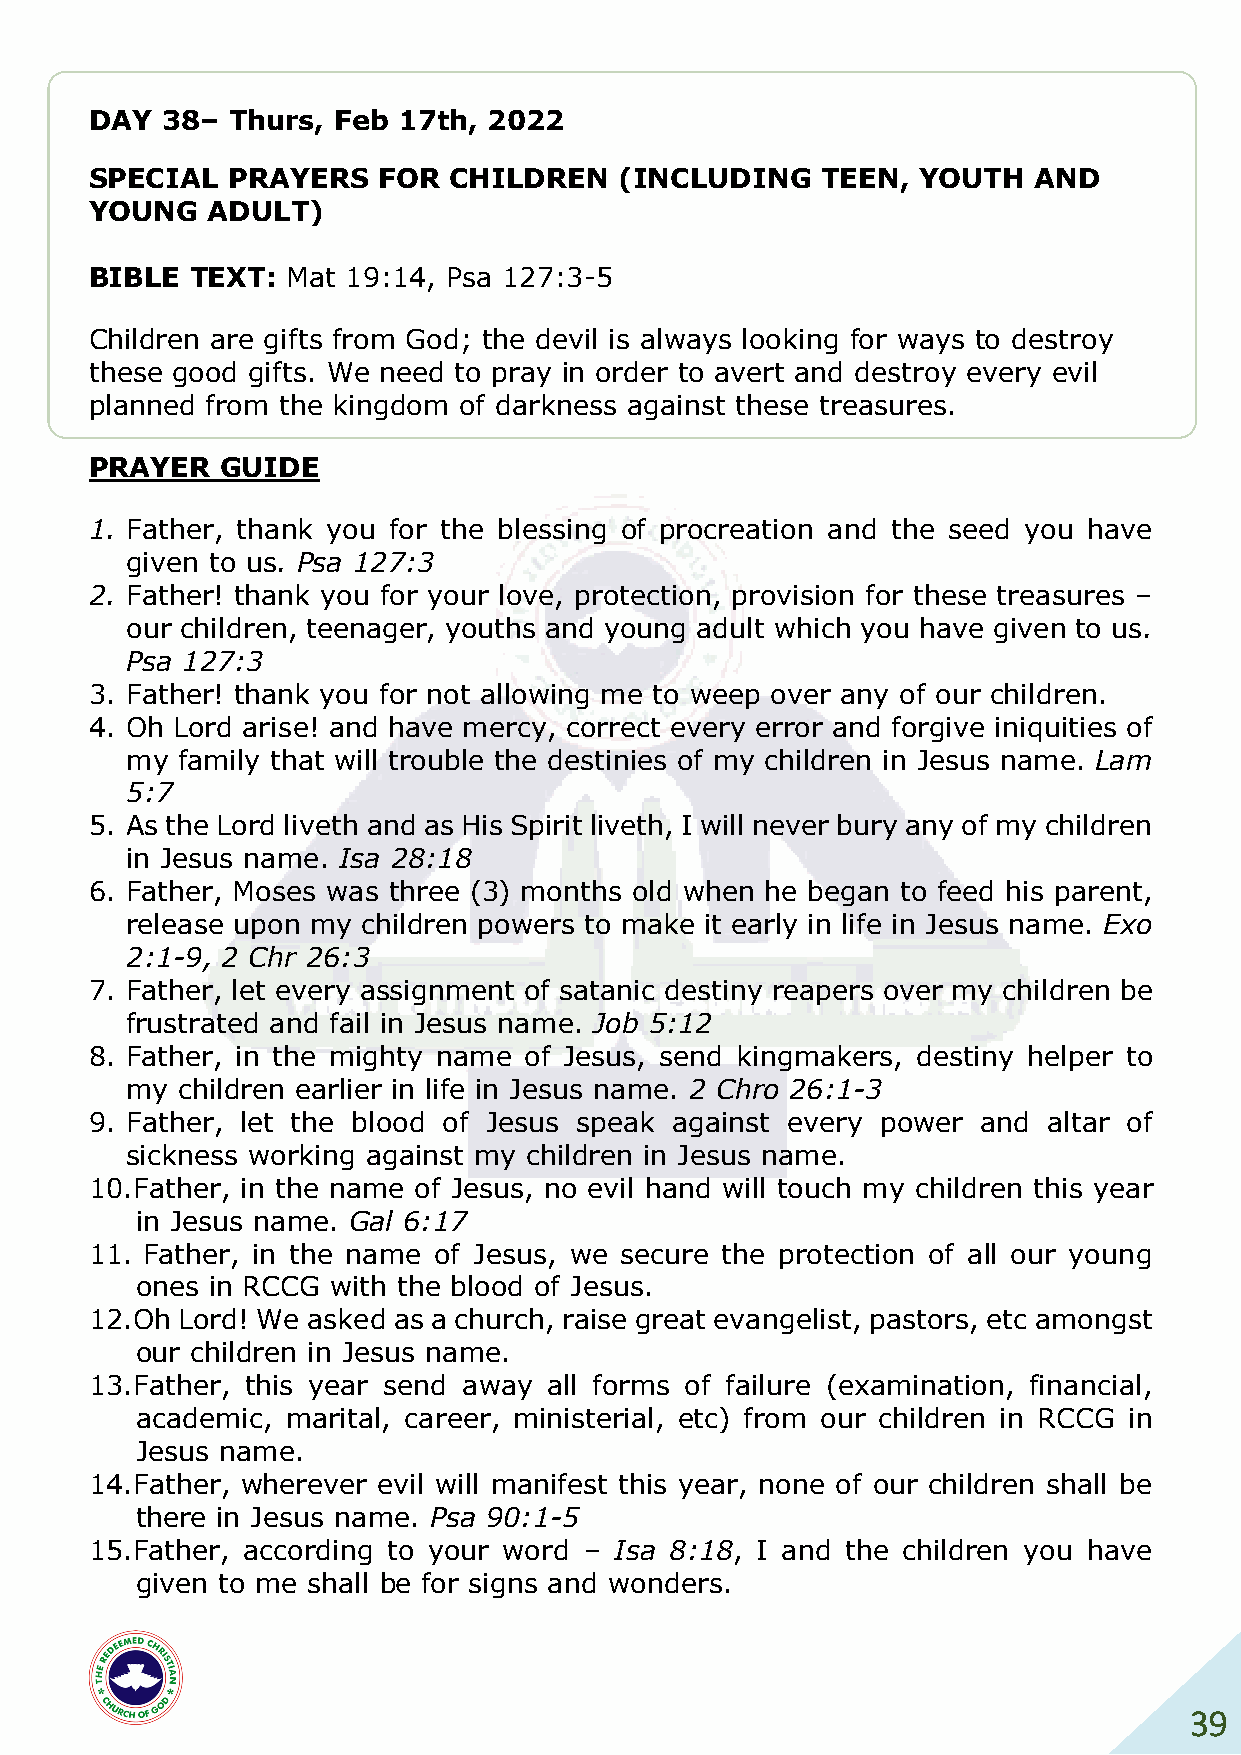
DAY  38– Thurs, Feb 17th, 2022
 SPECIAL  PRAYERS   FOR  CHILDREN   (INCLUDING   TEEN,  YOUTH  AND
 YOUNG   ADULT)
 BIBLE  TEXT: Mat 19:14, Psa 127:3-5
 Children are gifts from God; the devil is always looking for ways to destroy
 these good gifts. We need to pray in order to avert and destroy every evil
 planned from the kingdom of darkness against these treasures.
 PRAYER   GUIDE
 1. Father, thank you for the blessing of procreation and the seed you have
 given to us. Psa 127:3
 2. Father! thank you for your love, protection, provision for these treasures –
 our children, teenager, youths and young adult which you have given to us.
 Psa 127:3
 3. Father! thank you for not allowing me to weep over any of our children.
 4. Oh Lord arise! and have mercy, correct every error and forgive iniquities of
 my  family that will trouble the destinies of my children in Jesus name. Lam
 5:7
 5. As the Lord liveth and as His Spirit liveth, I will never bury any of my children
 in Jesus name. Isa 28:18
 6. Father, Moses was three (3) months old when he began to feed his parent,
 release upon my children powers to make it early in life in Jesus name. Exo
 2:1-9, 2 Chr 26:3
 7. Father, let every assignment of satanic destiny reapers over my children be
 frustrated and fail in Jesus name. Job 5:12
 8. Father, in the mighty name of Jesus, send kingmakers, destiny helper to
 my  children earlier in life in Jesus name. 2 Chro 26:1-3
 9. Father, let the blood of Jesus speak against every power and altar of
 sickness working against my children in Jesus name.
 10. Father, in the name of Jesus, no evil hand will touch my children this year
 in Jesus name. Gal 6:17
 11. Father, in the name of Jesus, we secure the protection of all our young
 ones in RCCG with the blood of Jesus.
 12. Oh Lord! We asked as a church, raise great evangelist, pastors, etc amongst
 our children in Jesus name.
 13. Father, this year send away all forms of failure (examination, financial,
 academic, marital, career, ministerial, etc) from our children in RCCG in
 Jesus name.
 14. Father, wherever evil will manifest this year, none of our children shall be
 there in Jesus name. Psa 90:1-5
 15. Father, according to your word – Isa 8:18, I and the children you have
 given to me shall be for signs and wonders.
 39